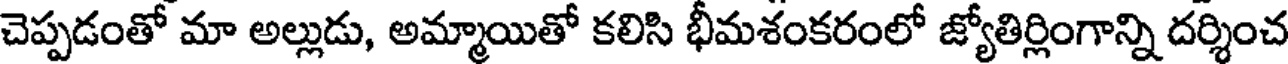
చెప్పడంతో మా అల్లుడు, అమ్మాయితో కలిసి భీమశంకరంలో జ్యోతిర్లింగాన్ని దర్శించ